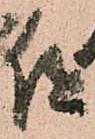
但